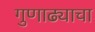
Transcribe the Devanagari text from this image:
गुणाढ्याचा